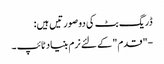
ڈریگ بٹ کی دو صورتیں ہیں:
-"قدم" کے لئے نرم بنیاد ٹائپ ۔